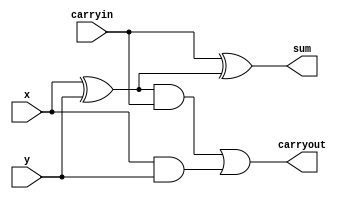
`timescale 1ns / 1ps
//////////////////////////////////////////////////////////////////////////////////
// Company: 
// Engineer: 
// 
// Design Name: 
// Module Name:    full_adder 
// Project Name: 
// Target Devices: 
// Tool versions: 
// Description: 
//
// Dependencies: 
//
// Revision: 
// Revision 0.01 - File Created
// Additional Comments: 
//
//////////////////////////////////////////////////////////////////////////////////

module Full_adder(
	output sum,
	output carryout,
	input x,
	input y,
	input carryin
	);
	
	assign sum = carryin^(x^y);						// Sum = carry input ^ operand1 ^ operand2
	assign carryout = ((x^y)&carryin) | (x&y);	// CarryOut = ( (operand1 ^ operand2) & carry input ) OR (operand1 & operand2)

endmodule